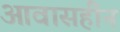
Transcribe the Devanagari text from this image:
आवासहीन